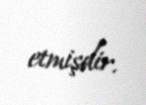
etmişdir.